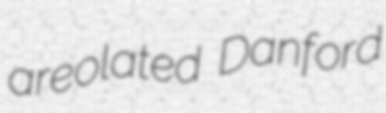
areolated Danford